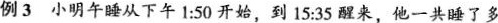
例3 小明午睡从下午1:50开始，到15:35醒来，他一共睡了多